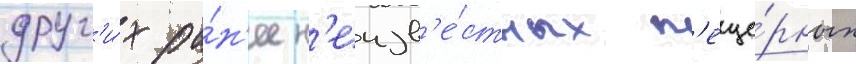
друг'и́х ра́н'ее н'еизв'е́стных п'еще́рных